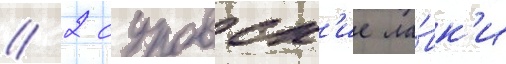
/ 2 суровск'ие ла́вк'и